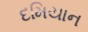
દમિયાન